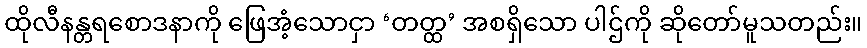
ထိုလီနန္တရစောဒနာကို ဖြေအံ့သောငှာ ‘တတ္ထ’ အစရှိသော ပါဌ်ကို ဆိုတော်မူသတည်း။